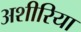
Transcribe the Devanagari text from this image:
अशीरिया